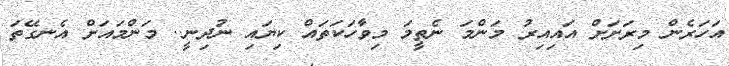
އަހަރެން މިރަށަށް އައިއިރު މަންމަ ނެތީމަ މިވާހަކަތައް ކިޔައި ނުދިނީ.. މަންމައަށް އެނގޭތަ